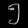
Digit: ၅